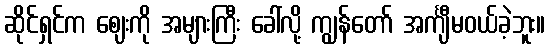
ဆိုင်ရှင်က ဈေးကို အများကြီး ခေါ်လို့ ကျွန်တော် အင်္ကျီမဝယ်ခဲ့ဘူး။